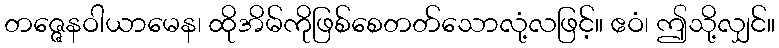
တဇ္ဇေနဝါယာမေန၊ ထိုအိမ်ကိုဖြစ်စေတတ်သောလုံ့လဖြင့်။ ဧဝံ၊ ဤသို့လျှင်။